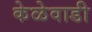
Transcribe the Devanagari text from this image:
केळेवाडी